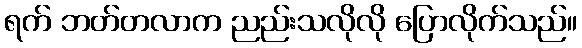
ရက် ဘတ်တလာက ညည်းသလိုလို ပြောလိုက်သည်။